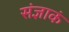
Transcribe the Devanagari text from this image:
संज्ञाकं